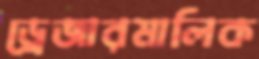
ড্রেজারমালিক